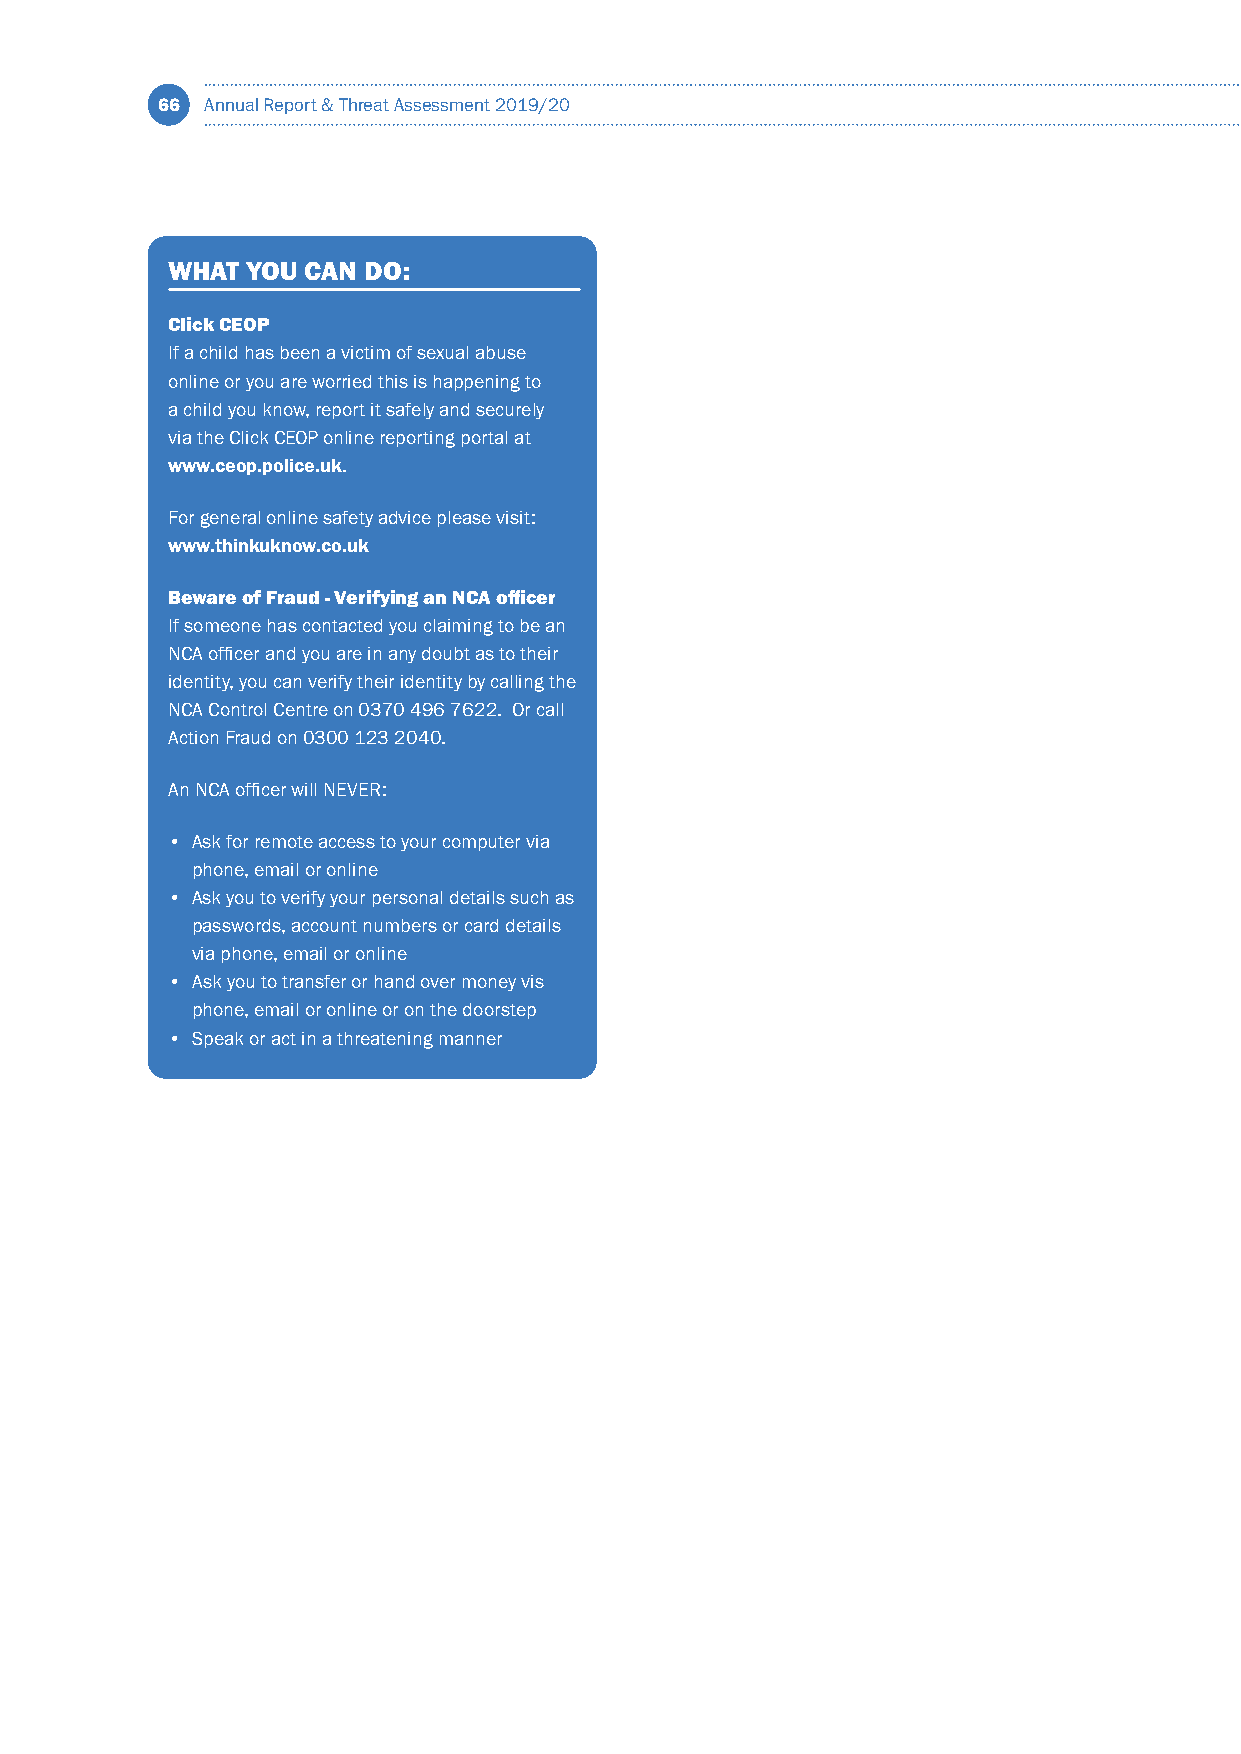
66  Annual Report & Threat Assessment 2019/20
 WHAT YOU CAN DO:
 Click CEOP
 If a child has been a victim of sexual abuse
 online or you are worried this is happening to
 a child you know, report it safely and securely
 via the Click CEOP online reporting portal at
 www.ceop.police.uk.
 For general online safety advice please visit:
 www.thinkuknow.co.uk
 Beware of Fraud - Verifying an NCA officer
 If someone has contacted you claiming to be an
 NCA officer and you are in any doubt as to their
 identity, you can verify their identity by calling the
 NCA Control Centre on 0370 496 7622. Or call
 Action Fraud on 0300 123 2040.
 An NCA officer will NEVER:
 • Ask for remote access to your computer via
 phone, email or online
 • Ask you to verify your personal details such as
 passwords, account numbers or card details
 via phone, email or online
 • Ask you to transfer or hand over money vis
 phone, email or online or on the doorstep
 • Speak or act in a threatening manner